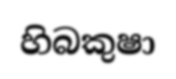
හිබකුෂා